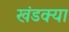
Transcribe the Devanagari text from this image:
खंडक्या